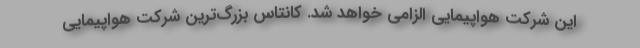
این شرکت هواپیمایی الزامی خواهد شد. کانتاس بزرگ‌ترین شرکت هواپیمایی